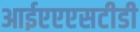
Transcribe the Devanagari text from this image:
आईएएएसटीडी